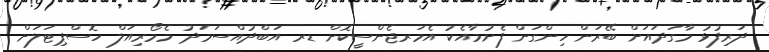
ދަރިފުޅު މާގަދައަށް ބޭރަން ހިންގަން ފެށުމާއެކު އެމަރޖެންސީކޮށް ޑރ އަބްދުއްސަމަދު މެމޯރިއަލް ހޮސްޕިޓަލަށް